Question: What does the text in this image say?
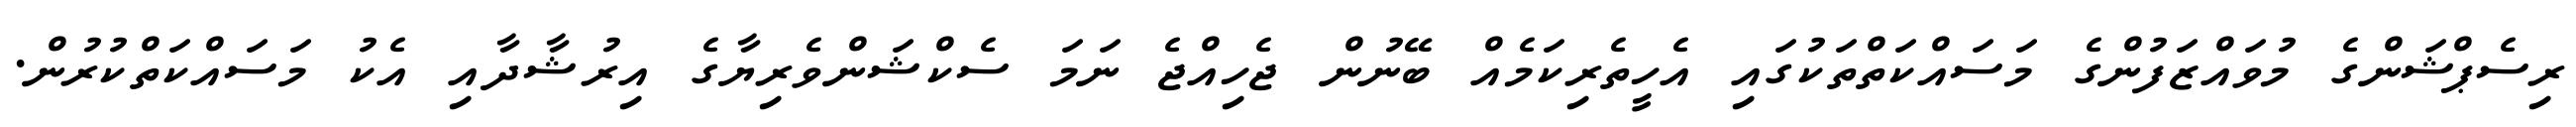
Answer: ރިސެޕްޝަންގެ މުވައްޒަފުންގެ މަސައްކަތްތަކުގައި އެހީތެރިކަމެއް ބޭނުން ޖެހިއްޖެ ނަމަ ސެކްޝަންވެރިޔާގެ އިރުޝާދާއި އެކު މަސައްކަތްކުރުން.